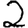
Digit: 2